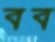
বব